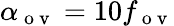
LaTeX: \alpha_{\mathrm{~o~v~}}=10f_{\mathrm{~o~v~}}